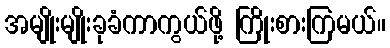
အမျိုးမျိုးခုခံကာကွယ်ဖို့ ကြိုးစားကြမယ်။